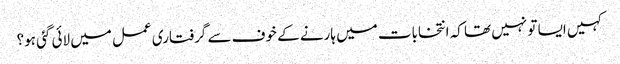
کہیں ایسا تو نہیں تھا کہ انتخابات میں ہارنے کے خوف سے گرفتاری عمل میں لائی گئی ہو؟